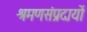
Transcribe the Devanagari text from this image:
श्रमणसंप्रदायों